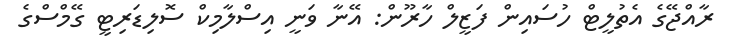
ރާއްޖޭގެ އެތުލީޓް ހުސައިން ފަޒީލް ހާރޫން: އޭނާ ވަނީ އިސްލާމިކް ސޮލިޑަރިޓީ ގޭމްސްގެ